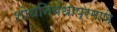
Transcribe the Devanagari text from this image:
शोधनिबंधाप्रमाणे